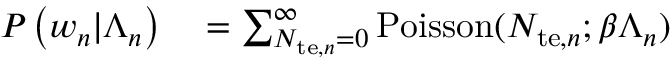
\begin{array} { r l } { P \left( w _ { n } | \Lambda _ { n } \right) } & { { } = \sum _ { N _ { \mathrm { t e } , n } = 0 } ^ { \infty } \mathrm { P o i s s o n } ( N _ { \mathrm { t e } , n } ; \beta \Lambda _ { n } ) } \end{array}